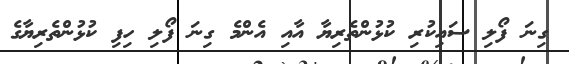
ގިނަ ފޯލި ސައިކުރި ކުޅުންތެރިޔާ އާއި އެންމެ ގިނަ ފޯލި ހިފި ކުޅުންތެރިޔާގެ